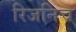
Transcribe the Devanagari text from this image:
रिजनिच